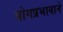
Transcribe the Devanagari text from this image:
योगप्रभावाने